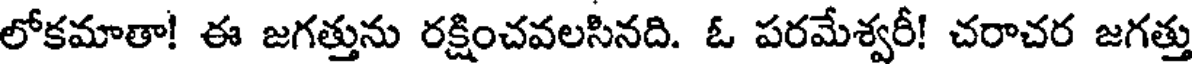
లోకమాతా! ఈ జగత్తును రక్షించవలసినది. ఓ పరమేశ్వరీ! చరాచర జగత్తు